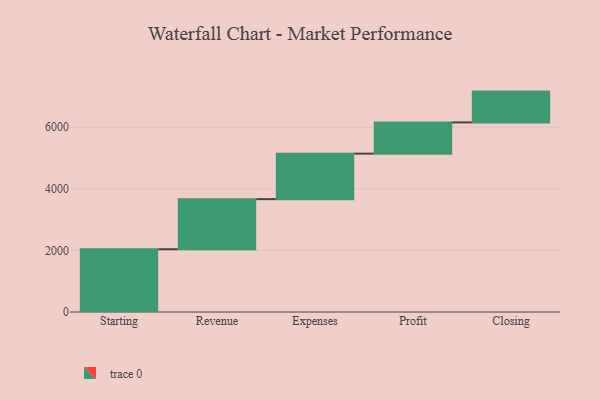
{"axis": {"x": "Step", "y": "Value"}, "legend": [""], "data": [{"x": "Starting", "y": 2037.0, "type": ""}, {"x": "Revenue", "y": 1627.0, "type": ""}, {"x": "Expenses", "y": 1477.0, "type": ""}, {"x": "Profit", "y": 1014.0, "type": ""}, {"x": "Closing", "y": 1000, "type": ""}]}